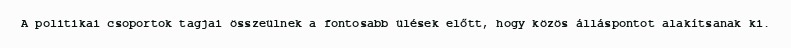
A politikai csoportok tagjai összeülnek a fontosabb ülések előtt, hogy közös álláspontot alakítsanak ki.